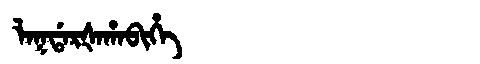
Manchu: ᠯᠠᡴᡩᠠᡵᡧᠠᡥᠠᠪᡳᡥᡝ
Romanization: LAKDARŠAHABIHE